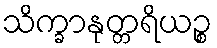
သိက္ခာနုတ္တရိယဉ္စ